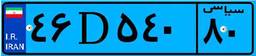
۴۶D۵۴۰۸۰